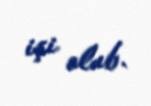
işi olub.